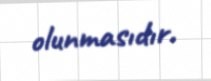
olunmasıdır.